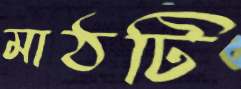
মাঠটি